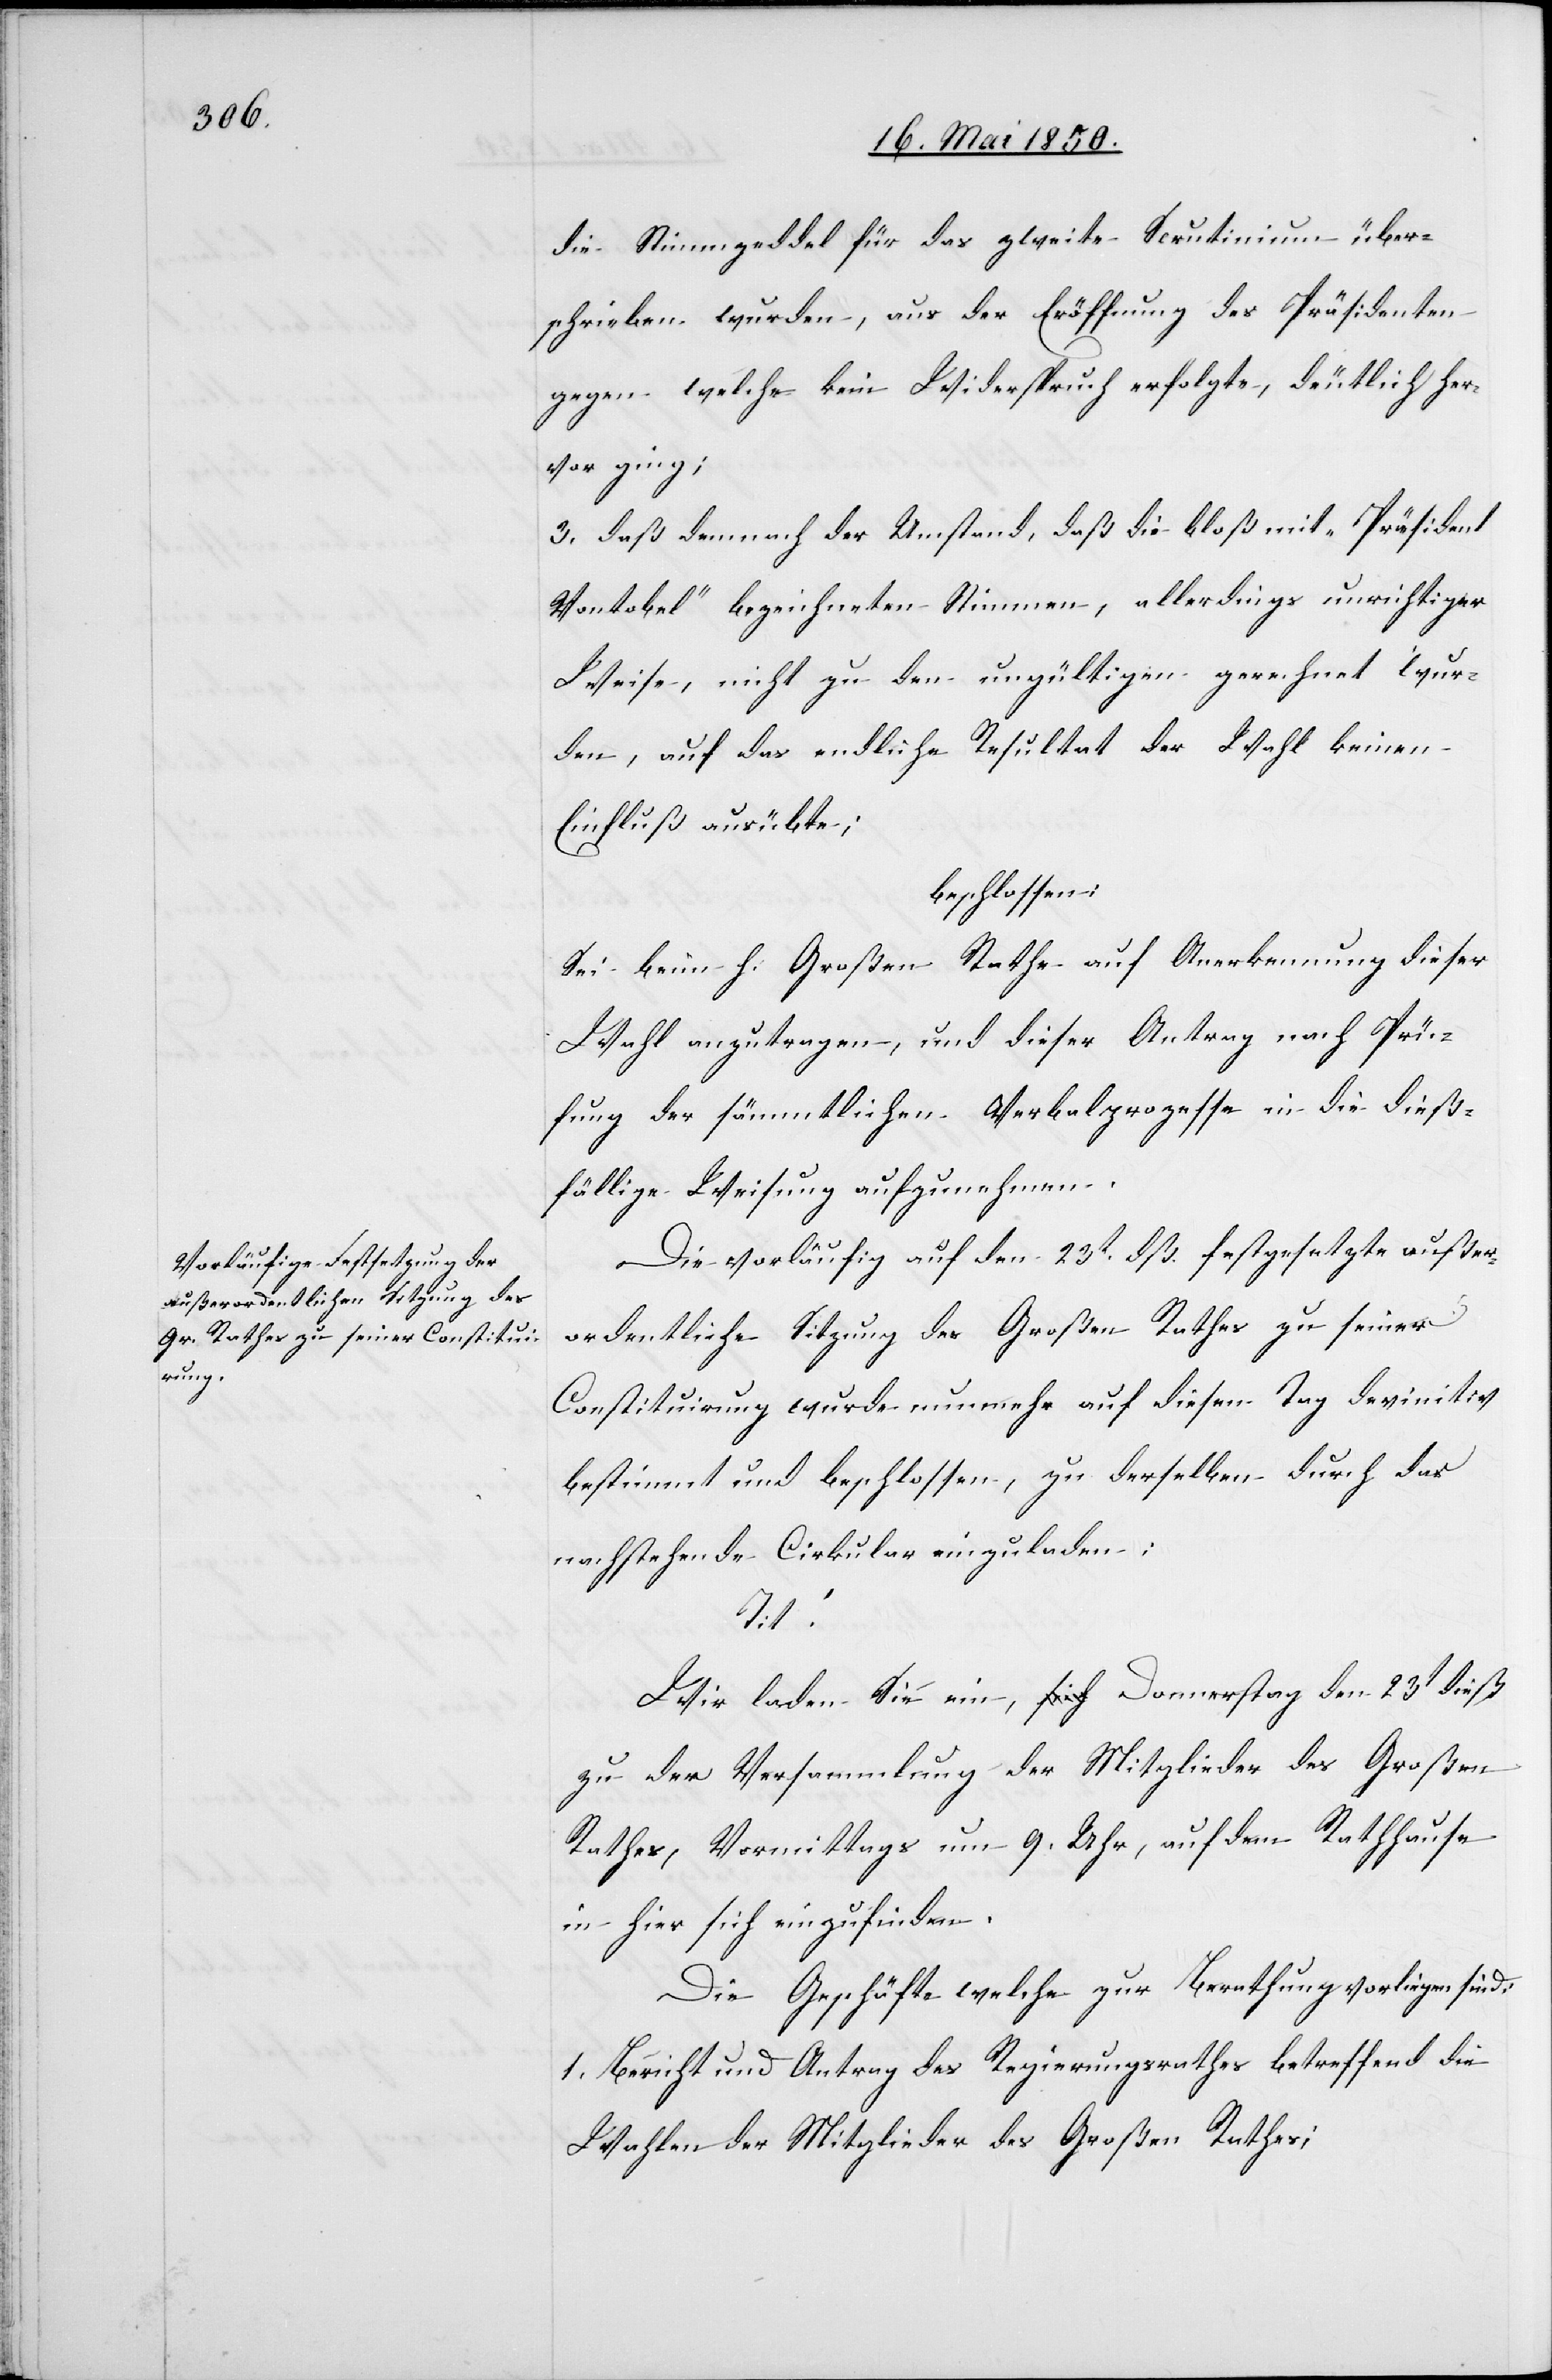
die Stimmzeddel für das zweite Scrutinium über¬
schrieben wurden, aus der Eröffnung des Präsidenten
gegen welche kein Widerspruch erfolgte, deutlich her¬
vor ging;
3. daß demnach der Umstand, daß die bloß mit „Präsident
Vontobel“ bezeichneten Stimmen, allerdings unrichtiger
Weise, nicht zu den ungültigen gerechnet wur¬
den, auf das endliche Resultat der Wahl keinen
Einfluß ausübte;
beschlossen:
Sei beim h. Großen Rathe auf Anerkennung dieser
Wahl anzutragen, und dieser Antrag nach Prü¬
fung der sämmtlichen Verbalprozesse in die dieß¬
fällige Weisung aufzunehmen.
Die vorläufig auf den 23t dß. festgesetzte außer¬
ordentliche Sitzung des Großen Rathes zu seiner
Constituirung wurde nunmehr auf diesen Tag devinitiv
bestimmt und beschlossen, zu derselben durch das
nachstehende Cirkular einzuladen:
Tit.
Wir laden Sie ein, Donnerstag den 23t dieß
zu der Versammlung der Mitglieder des Großen
Rathes, Vormittags um 9. Uhr, auf dem Rathhause
in hier sich einzufinden.
Die Geschäfte welche zur Berathung vorliegen sind:
1. Bericht und Antrag des Regierungsrathes betreffend die
Wahlen der Mitglieder des Großen Rathes;